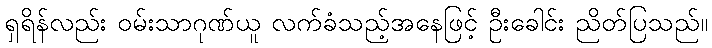
ရှရိန်လည်း ဝမ်းသာဂုဏ်ယူ လက်ခံသည့်အနေဖြင့် ဦးခေါင်း ညိတ်ပြသည်။